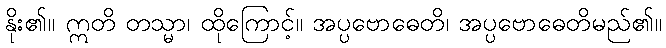
နိုး၏။ ဣတိ တသ္မာ၊ ထိုကြောင့်။ အပ္ပဗောဓေတိ၊ အပ္ပဗောဓေတိမည်၏။